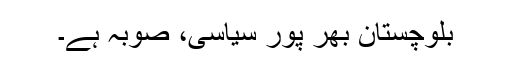
بلوچستان بھر پور سیاسی، صوبہ ہے۔